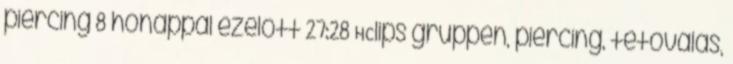
piercing 8 hónappal ezelőtt 27:28 HClips gruppen, piercing, tetoválás,